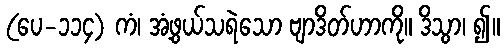
(ပေ-၁၁၄) ကံ၊ အံ့ဖွယ်သရဲသော ဗျာဒိတ်ဟာကို။ ဒိသွာ၊ ၍။